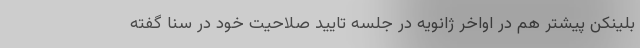
بلینکن پیشتر هم در اواخر ژانویه در جلسه تایید صلاحیت خود در سنا گفته